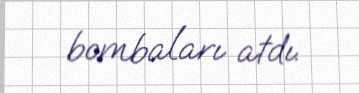
bombaları atdı.